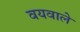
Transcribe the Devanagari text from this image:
वयवाले